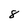
Character: 8